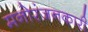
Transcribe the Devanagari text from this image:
मनोरंजनकारी